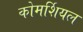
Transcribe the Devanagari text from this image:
कोमर्शियल